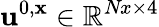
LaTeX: \mathbf{u}^{0,\mathbf{x}}\in\mathbb{R}^{\textit{Nx}\times 4}